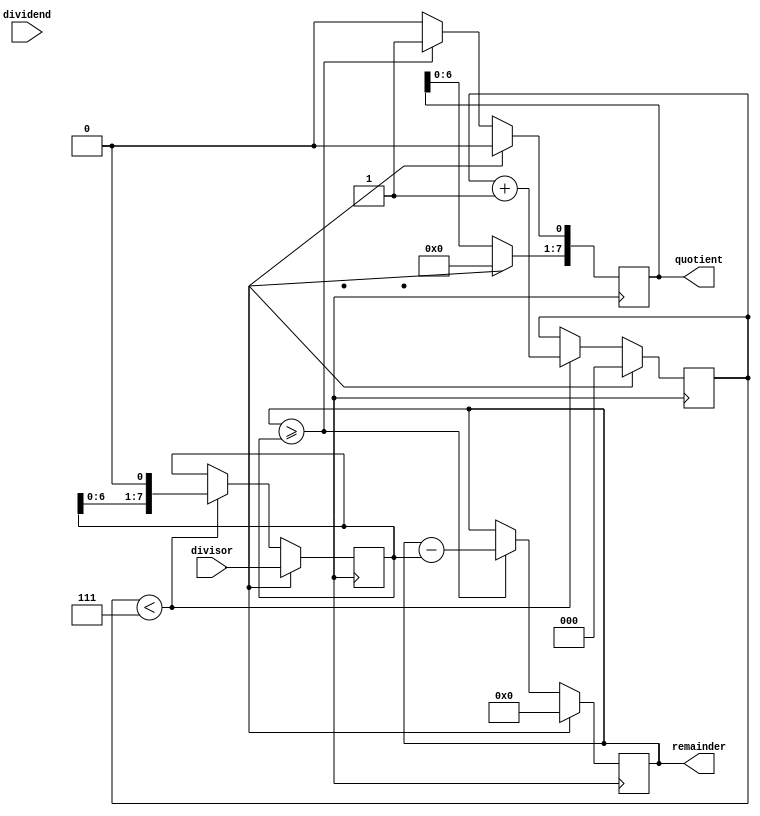
module binary_divider (
    input wire [7:0] dividend,
    input wire [7:0] divisor,
    output reg [7:0] quotient,
    output reg [7:0] remainder
);

reg [7:0] temp_remainder;
reg [7:0] temp_divisor;
reg [7:0] temp_quotient;
reg [2:0] shift_count;

always @(posedge clk) begin
    if (reset) begin
        temp_remainder <= 8'd0;
        temp_divisor <= divisor;
        temp_quotient <= 8'd0;
        shift_count <= 3'd0;
    end else begin
        if (temp_remainder >= temp_divisor) begin
            temp_remainder <= temp_remainder - temp_divisor;
            temp_quotient <= temp_quotient << 1;
            temp_quotient[0] <= 1;
        end else begin
            temp_quotient <= temp_quotient << 1;
        end
        
        if (shift_count < 3'd7) begin
            temp_divisor <= temp_divisor << 1;
            shift_count <= shift_count + 1;
        end
    end
end

assign quotient = temp_quotient;
assign remainder = temp_remainder;

endmodule